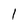
Character: 1